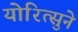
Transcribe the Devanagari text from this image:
योरित्सुने